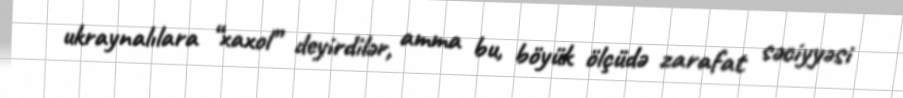
ukraynalılara “xaxol” deyirdilər, amma bu, böyük ölçüdə zarafat səciyyəsi